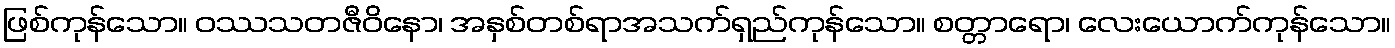
ဖြစ်ကုန်သော။ ဝဿသတဇီဝိနော၊ အနှစ်တစ်ရာအသက်ရှည်ကုန်သော။ စတ္တာရော၊ လေးယောက်ကုန်သော။